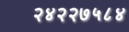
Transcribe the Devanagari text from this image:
२४२२७५८४